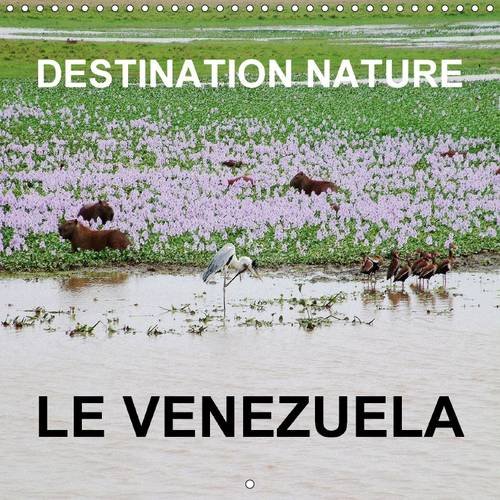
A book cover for Destination Nature le Venezuela: Les Attractions Touristiques Naturelles du Venezuela Comprennent la Gran Sabana, la Plaine Herbeuse de Llanos, la ... la Flore (Calvendo Nature) (French Edition); Rudolf Blank; Travel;